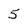
Character: 5